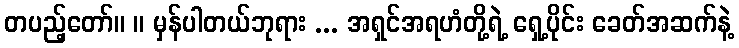
တပည့်တော်။ ။ မှန်ပါတယ်ဘုရား ... အရှင်အရဟံတို့ရဲ့ ရှေ့ပိုင်း ခေတ်အဆက်နဲ့